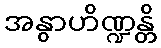
အနွာဟိဏ္ဍန္တိ